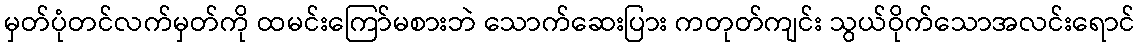
မှတ်ပုံတင်လက်မှတ်ကို ထမင်းကြော်မစားဘဲ သောက်ဆေးပြား ကတုတ်ကျင်း သွယ်ဝိုက်သောအလင်းရောင်